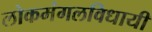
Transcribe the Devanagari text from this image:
लोकमंगलविधायी